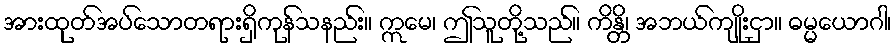
အားထုတ်အပ်သောတရားရှိကုန်သနည်း။ ဣမေ၊ ဤသူတို့သည်။ ကိန္တိ၊ အဘယ်ကျိုးငှာ။ ဓမ္မယောဂါ၊